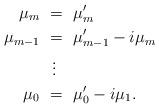
LaTeX: \begin{align*}\mu_{m} \ = \ \ & \mu'_{m} \\\mu_{m-1} \ = \ \ & \mu'_{m-1} - i\mu_{ m} \\ \vdots \ \ \ \\\mu_{0} \ = \ \ & \mu'_{0} - i\mu_{1}. \end{align*}